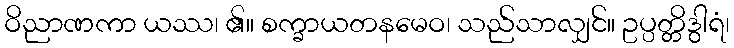
ဝိညာဏကာ ယဿ၊ ၏။ စက္ခာယတနမေဝ၊ သည်သာလျှင်။ ဥပ္ပတ္တိဒွါရံ၊